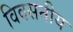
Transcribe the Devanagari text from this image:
विवसनीय